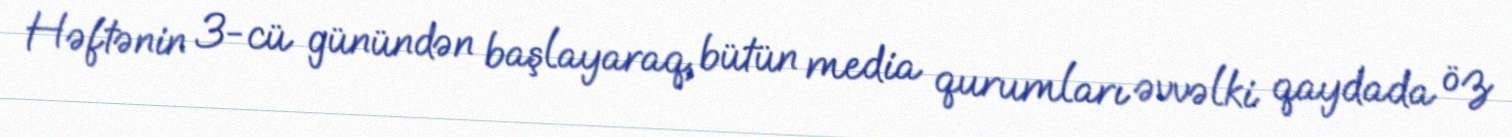
Həftənin 3-cü günündən başlayaraq, bütün media qurumları əvvəlki qaydada öz